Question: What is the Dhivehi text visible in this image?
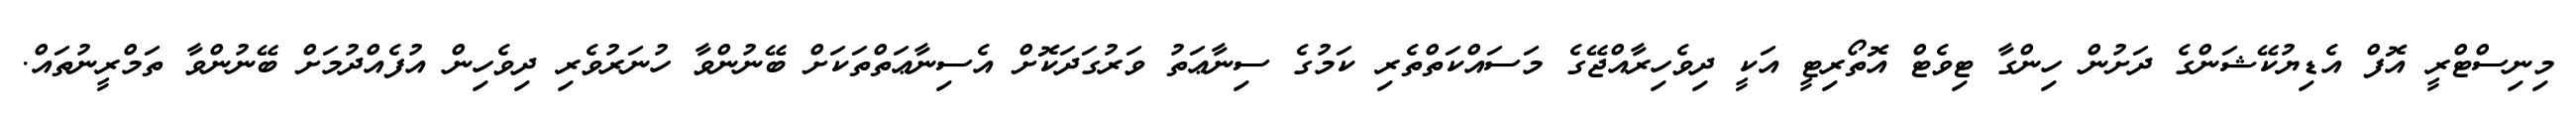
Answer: މިނިސްޓްރީ އޮފް އެޑިޔުކޭޝަންގެ ދަށުން ހިންގާ ޓިވެޓް އޮތޯރިޓީ އަކީ ދިވެހިރާއްޖޭގެ މަސައްކަތްތެރި ކަމުގެ ސިނާޢަތު ވަރުގަދަކޮށް އެސިނާޢަތްތަކަށް ބޭނުންވާ ހުނަރުވެރި ދިވެހިން އުފެއްދުމަށް ބޭނުންވާ ތަމްރީނުތައް.